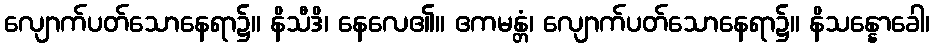
လျောက်ပတ်သောနေရာ၌။ နိသီဒိ၊ နေလေ၏။ ဧကမန္တံ၊ လျောက်ပတ်သောနေရာ၌။ နိသန္နောခေါ၊